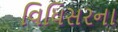
વિધિસરના